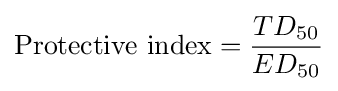
{\text{Protective index}}={\frac {TD_{50}}{ED_{50}}}